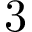
3